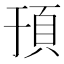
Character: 𬱀